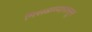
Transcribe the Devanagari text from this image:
मिसळण्यापासून